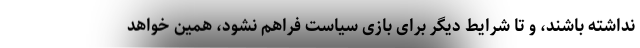
نداشته باشند، و تا شرایط دیگر برای بازی سیاست فراهم نشود، همین خواهد